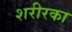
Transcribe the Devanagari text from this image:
शरीरका